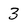
Character: 3